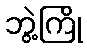
ဘွဲ့ကြို